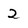
Character: 2